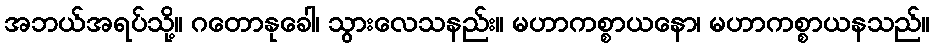
အဘယ်အရပ်သို့။ ဂတောနုခေါ၊ သွားလေသနည်း။ မဟာကစ္စာယနော၊ မဟာကစ္စာယနသည်။